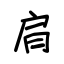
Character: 肩